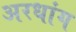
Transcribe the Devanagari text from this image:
अरधांग